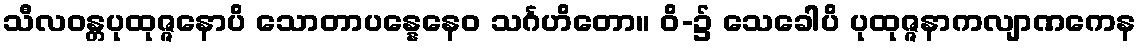
သီလဝန္တပုထုဇ္ဇနောပိ သောတာပန္နေနေဝ သင်္ဂဟိတော။ ဝိ-၌ သေခေါပိ ပုထုဇ္ဇနာကလျာဏကေန